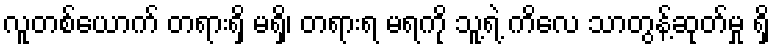
လူတစ်ယောက် တရားရှိ မရှိ၊ တရားရ မရကို သူ့ရဲ့ ကိလေ သာတွန့်ဆုတ်မှု ရှိ